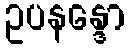
ဥပနန္ဒော